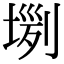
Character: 𡎗